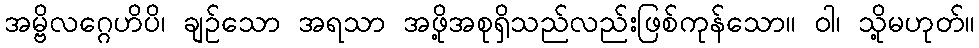
အမ္ဗိလဂ္ဂေဟိပိ၊ ချဉ်သော အရသာ အဖို့အစုရှိသည်လည်းဖြစ်ကုန်သော။ ဝါ၊ သို့မဟုတ်။